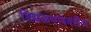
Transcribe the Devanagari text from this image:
मिसळपाववरील